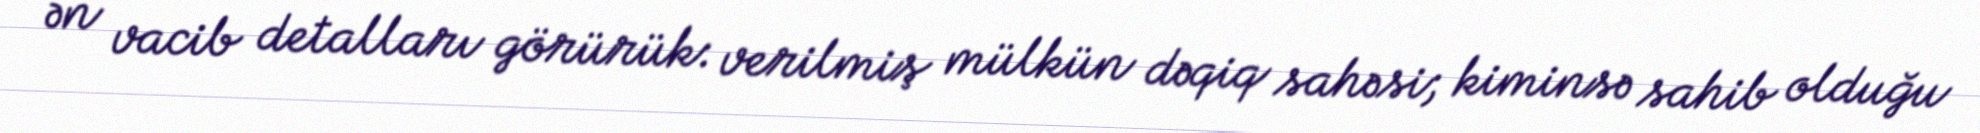
ən vacib detalları görürük: verilmiş mülkün dəqiq sahəsi; kiminsə sahib olduğu